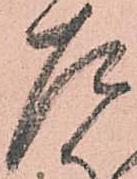
左